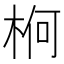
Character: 𣒍